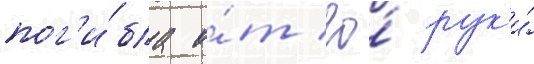
пог'и́бла о́т ео́ рук'и́